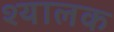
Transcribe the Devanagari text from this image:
श्यालक